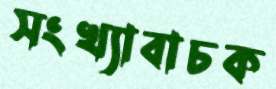
সংখ্যাবাচক